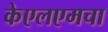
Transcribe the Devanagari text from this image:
केएलएमचा